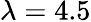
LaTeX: \lambda=4.5